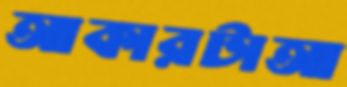
আকারটাআ